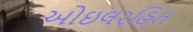
ઓઇલરહિત